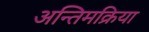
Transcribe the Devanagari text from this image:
अन्तिमक्रिया